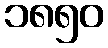
၁၈၅၀